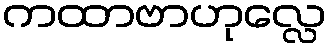
ကထာဗာဟုလ္လေ